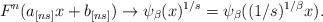
LaTeX: \begin{align*}F^{n}(a_{[ns]}x+b_{[ns]})\rightarrow \psi _{\beta }(x)^{1/s}=\psi _{\beta}((1/s)^{1/\beta }x).\end{align*}